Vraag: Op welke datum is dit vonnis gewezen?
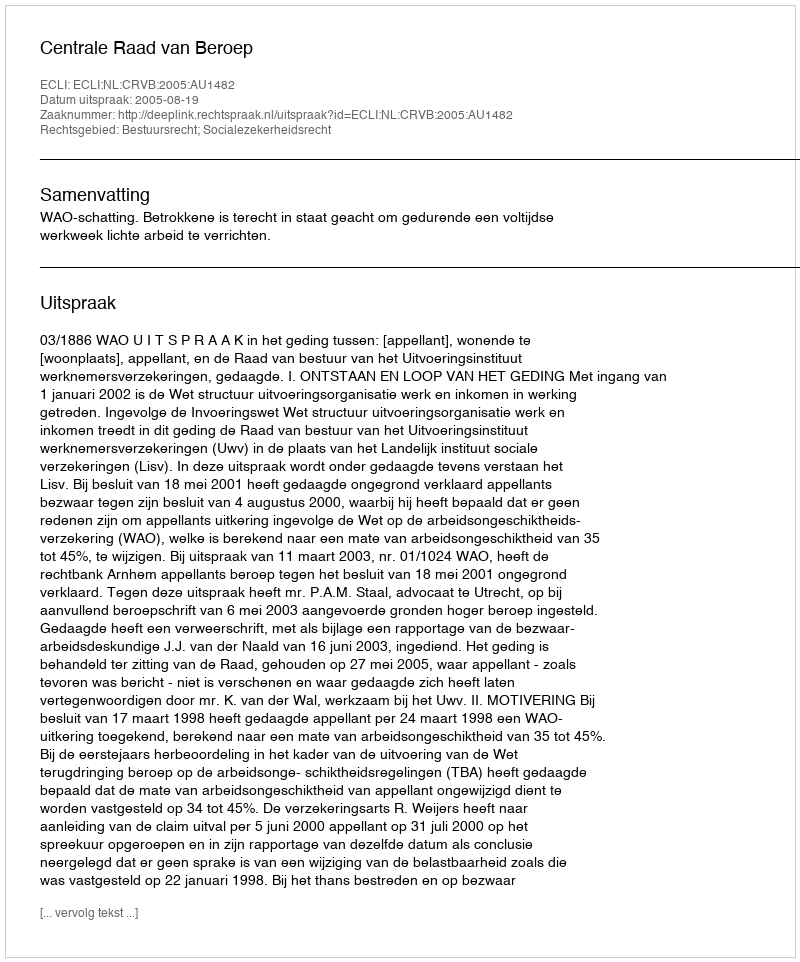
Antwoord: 2005-08-19